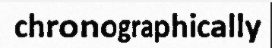
chronographically